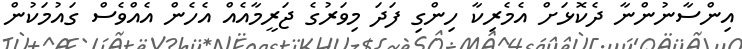
އިންސާނުންނާ ދެކޮޅަށް އެމެރިކާ ހިންގި ފަދަ މިވަރުގެ ޖަރީމާއެއް އެހެން އެއްވެސް ގައުމަކުން